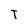
Character: T